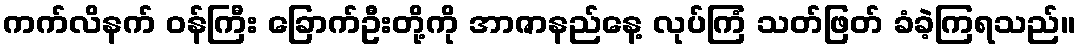
ကက်လိနက် ဝန်ကြီး ခြောက်ဦးတို့ကို အာဇာနည်နေ့ လုပ်ကြံ သတ်ဖြတ် ခံခဲ့ကြရသည်။